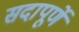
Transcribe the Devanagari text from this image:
सदापूर्णे